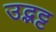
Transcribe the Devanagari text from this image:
उद्भट्ट